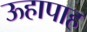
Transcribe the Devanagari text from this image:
ऊहापाह